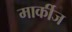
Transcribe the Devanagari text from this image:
मार्कीज